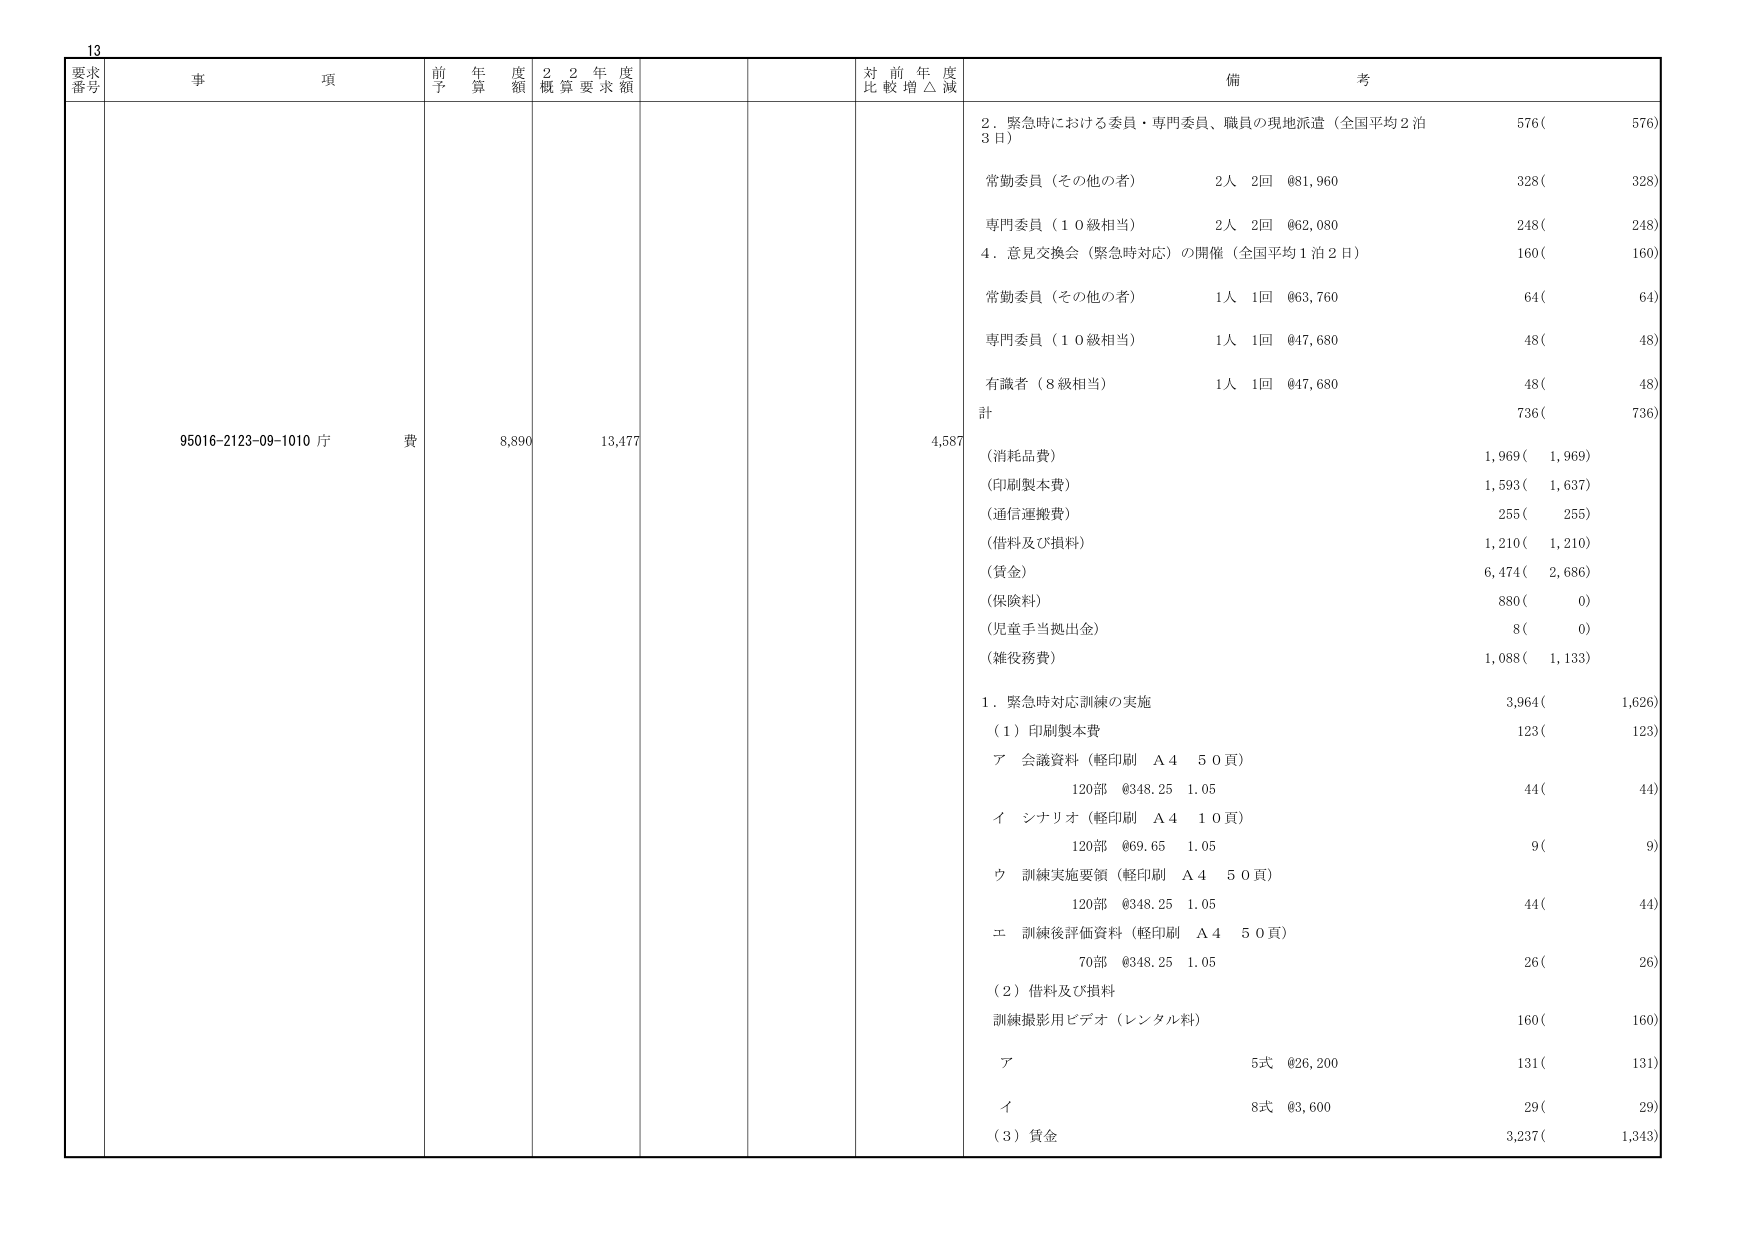
13
要求
番号
事 項
前 年 度
予 算 額
2 2 年 度
概 算 要 求 額
対 前 年 度
比 較 増 △ 減
備 考
95016-2123-09-1010 庁 費
8,890
13,477
4,587
2．緊急時における委員・専門委員、職員の現地派遣（全国平均２泊
３日）
576(
576)
常勤委員（その他の者）
2人 2回 @81,960
328(
328)
専門委員（１０級相当）
2人 2回 @62,080
248(
248)
4．意見交換会（緊急時対応）の開催（全国平均１泊２日）
160(
160)
常勤委員（その他の者）
1人 1回 @63,760
64(
64)
専門委員（１０級相当）
1人 1回 @47,680
48(
48)
有識者（８級相当）
1人 1回 @47,680
48(
48)
計
736(
736)
（消耗品費）
1,969(
1,969)
（印刷製本費）
1,593(
1,637)
（通信運搬費）
255(
255)
（借料及び損料）
1,210(
1,210)
（賃金）
6,474(
2,686)
（保険料）
880(
0)
（児童手当拠出金）
8(
0)
（雑役務費）
1,088(
1,133)
1．緊急時対応訓練の実施
3,964(
1,626)
（１）印刷製本費
123(
123)
ア 会議資料（軽印刷 Ａ４ ５０頁）
120部 @348.25 1.05
44(
44)
イ シナリオ（軽印刷 Ａ４ １０頁）
120部 @69.65 1.05
9(
9)
ウ 訓練実施要領（軽印刷 Ａ４ ５０頁）
120部 @348.25 1.05
44(
44)
エ 訓練後評価資料（軽印刷 Ａ４ ５０頁）
70部 @348.25 1.05
26(
26)
（２）借料及び損料
訓練撮影用ビデオ（レンタル料）
160(
160)
ア
5式 @26,200
131(
131)
イ
8式 @3,600
29(
29)
（３）賃金
3,237(
1,343)